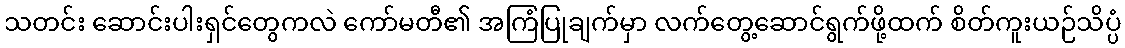
သတင်း ဆောင်းပါးရှင်တွေကလဲ ကော်မတီ၏ အကြံပြုချက်မှာ လက်တွေ့ဆောင်ရွက်ဖို့ထက် စိတ်ကူးယဉ်သိပ္ပံ